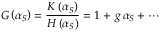
G \left( \alpha _ { S } \right) = \frac { K \left( \alpha _ { S } \right) } { H \left( \alpha _ { S } \right) } = 1 + \, g \, \alpha _ { S } + \cdots